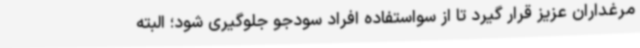
مرغداران عزیز قرار گیرد تا از سواستفاده افراد سودجو جلوگیری شود؛ البته